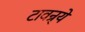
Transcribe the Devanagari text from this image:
टावन्र्यें